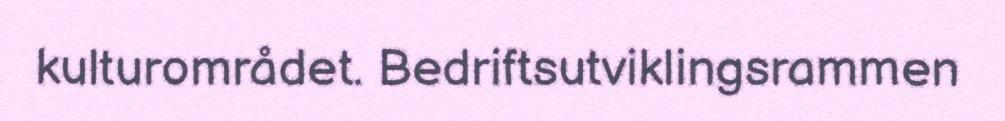
kulturområdet. Bedriftsutviklingsrammen